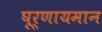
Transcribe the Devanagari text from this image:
घूर्णायमान